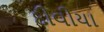
દીવીયા